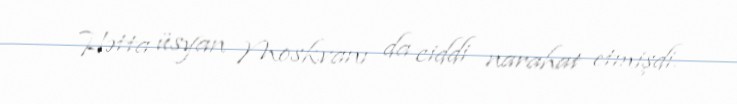
Hətta üsyan Moskvanı da ciddi narahat etmişdi.